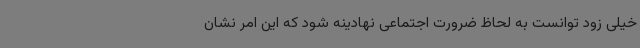
خیلی زود توانست به لحاظ ضرورت اجتماعی نهادینه شود که این امر نشان